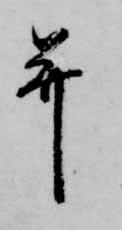
并